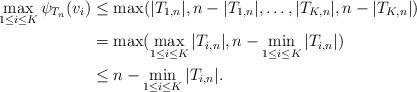
LaTeX: \begin{align*}\max_{1 \leq i \leq K} \psi_{T_n}(v_i) &\leq \max(|T_{1,n}|, n-|T_{1,n}|, \dots, |T_{K,n}|, n-|T_{K,n}|) \\&= \max(\max_{1 \leq i \leq K} |T_{i,n}|, n-\min_{1\leq i \leq K} |T_{i,n}|) \\&\le n-\min_{1\leq i \leq K} |T_{i,n}|.\end{align*}